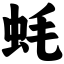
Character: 蚝